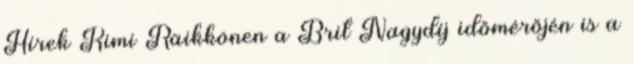
Hírek Kimi Räikkönen a Brit Nagydíj időmérőjén is a